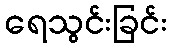
ရေသွင်းခြင်း